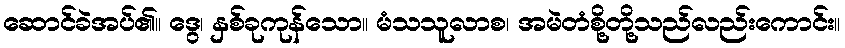
ဆောင်ခဲအပ်၏။ ဒွေ၊ နှစ်ခုကုန်သော။ မံသသူလာစ၊ အမဲတံစို့တို့သည်လည်းကောင်း။